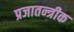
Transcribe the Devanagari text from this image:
प्रजातन्त्रीक